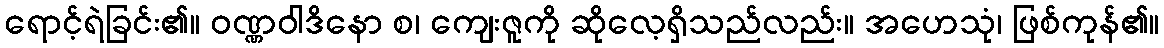
ရောင့်ရဲခြင်း၏။ ဝဏ္ဏဝါဒိနော စ၊ ကျေးဇူကို ဆိုလေ့ရှိသည်လည်း။ အဟေသုံ၊ ဖြစ်ကုန်၏။